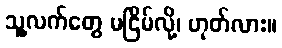
သူ့လက်တွေ မငြိမ်လို့၊ ဟုတ်လား။